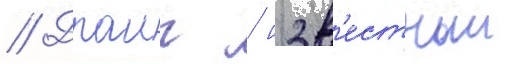
// Драиг / изв'естныи